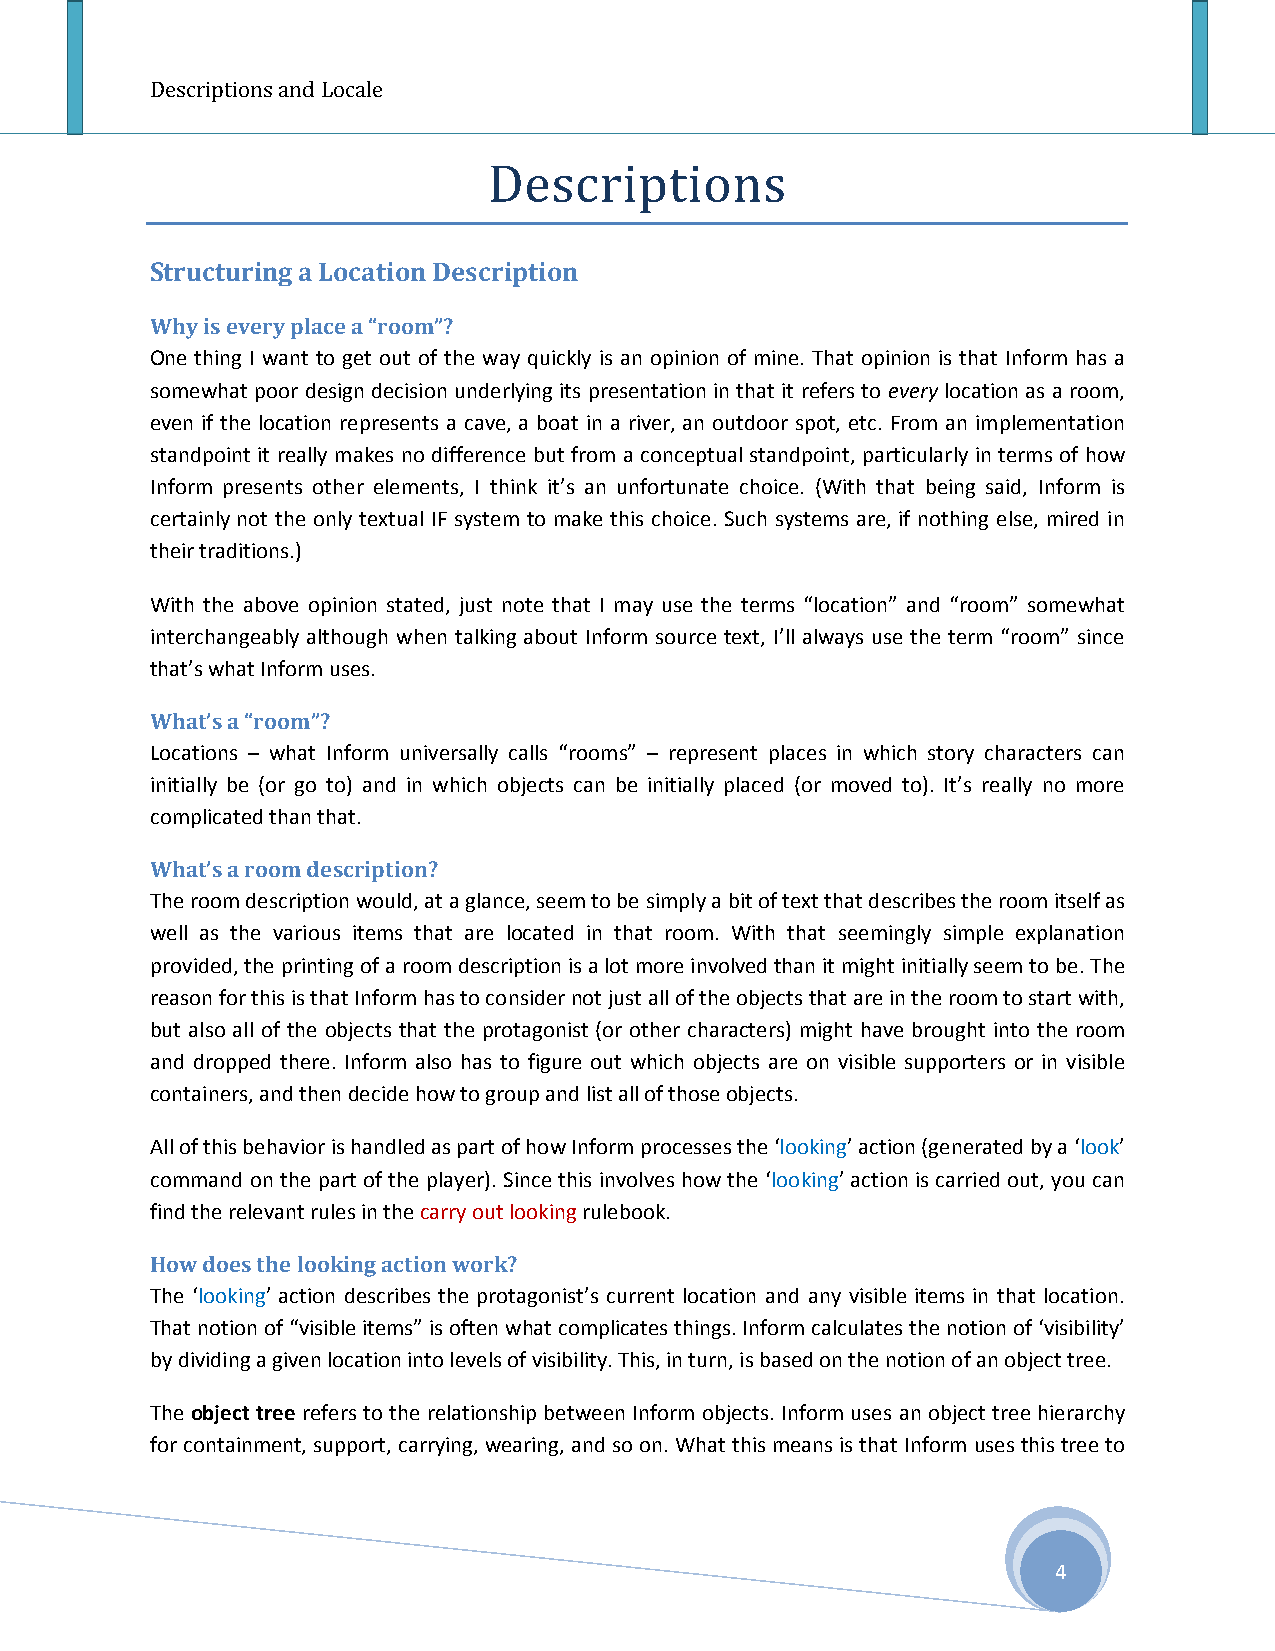
Descriptions and Locale
 Structuring a Location Description
 Descriptions
 Why is every place a “room”?
 One thing I want to get out of the way quickly is an opinion of mine. That opinion is that Inform has a
 somewhat poor design decision underlying its presentation in that it refers to every location as a room,
 even if the location represents a cave, a boat in a river, an outdoor spot, etc. From an implementation
 standpoint it really makes no difference but from a conceptual standpoint, particularly in terms of how
 Inform presents other elements, I think it’s an unfortunate choice. (With that being said, Inform is
 certainly not the only textual IF system to make this choice. Such systems are, if nothing else, mired in
 their traditions.)
 With the above opinion stated, just note that I may use the terms “location” and “room” somewhat
 interchangeably although when talking about Inform source text, I’ll always use the term “room” since
 that’s what Inform uses.
 What’s a “room”?
 Locations – what Inform universally calls “rooms” – represent places in which story characters can
 initially be (or go to) and in which objects can be initially placed (or moved to). It’s really no more
 complicated than that.
 What’s a room description?
 The room description would, at a glance, seem to be simply a bit of text that describes the room itself as
 well as the various items that are located in that room. With that seemingly simple explanation
 provided, the printing of a room description is a lot more involved than it might initially seem to be. The
 reason for this is that Inform has to consider not just all of the objects that are in the room to start with,
 but also all of the objects that the protagonist (or other characters) might have brought into the room
 and dropped there. Inform also has to figure out which objects are on visible supporters or in visible
 containers, and then decide how to group and list all of those objects.
 All of this behavior is handled as part of how Inform processes the ‘looking’ action (generated by a ‘look’
 command on the part of the player). Since this involves how the ‘looking’ action is carried out, you can
 find the relevant rules in the carry out looking rulebook.
 How does the looking action work?
 The ‘looking’ action describes the protagonist’s current location and any visible items in that location.
 That notion of “visible items” is often what complicates things. Inform calculates the notion of ‘visibility’
 by dividing a given location into levels of visibility. This, in turn, is based on the notion of an object tree.
 The object tree refers to the relationship between Inform objects. Inform uses an object tree hierarchy
 for containment, support, carrying, wearing, and so on. What this means is that Inform uses this tree to
 4